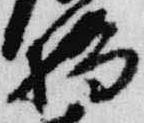
橋